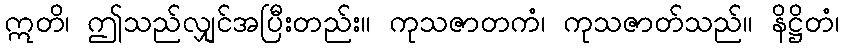
ဣတိ၊ ဤသည်လျှင်အပြီးတည်း။ ကုသဇာတကံ၊ ကုသဇာတ်သည်။ နိဋ္ဌိတံ၊